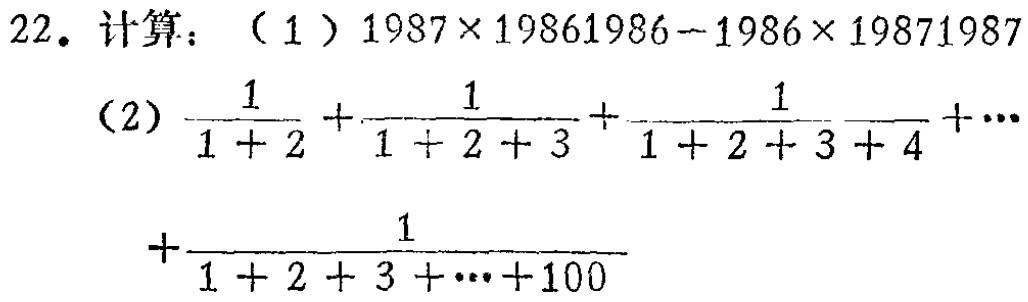
22. 计算：（1）\(1987\times19861986 - 1986\times19871987\)

（2）\(\frac{1}{1 + 2}+\frac{1}{1 + 2 + 3}+\frac{1}{1 + 2 + 3 + 4}+\cdots+\frac{1}{1 + 2 + 3+\cdots+100}\)